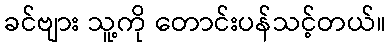
ခင်ဗျား သူ့ကို တောင်းပန်သင့်တယ်။